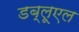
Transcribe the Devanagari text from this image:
डब्लूएल